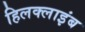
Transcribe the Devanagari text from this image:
हिलक्‍लाइंब